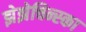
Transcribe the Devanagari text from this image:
झेझेचिन्स्का